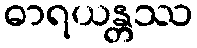
ဓာရယန္တဿ